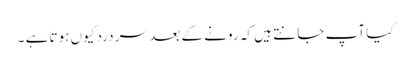
کیا آپ جا نتے ہیں کہ رونے کے بعد سر درد کیوں ہوتا ہے ۔